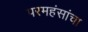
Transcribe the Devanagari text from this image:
परमहंसांचा